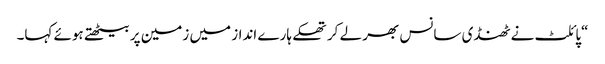
“پائلٹ نے ٹھنڈی سانس بھر لے کر تھکے ہارے انداز میں زمین پر بیٹھتے ہوئے کہا۔